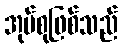
အုပ်စုဖြစ်သည်